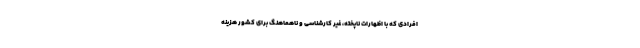
افرادی که با اظهارات ناپخته، غیر کارشناسی و ناهماهنگ برای کشور هزینه